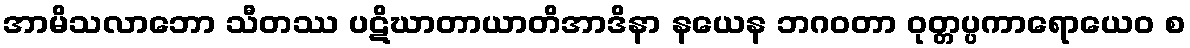
အာမိသလာဘော သီတဿ ပဋိဃာတာယာတိအာဒိနာ နယေန ဘဂဝတာ ဝုတ္တပ္ပကာရောယေဝ စ